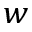
^ { w }